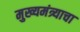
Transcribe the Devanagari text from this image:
मुख्यमंत्र्याचा